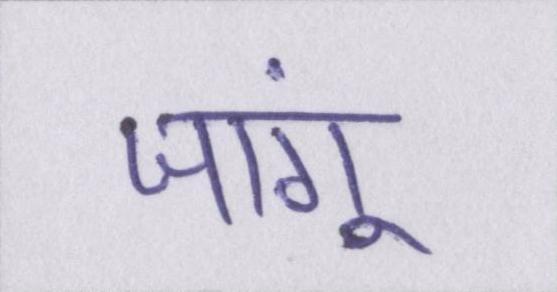
जांगू